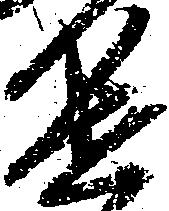
進